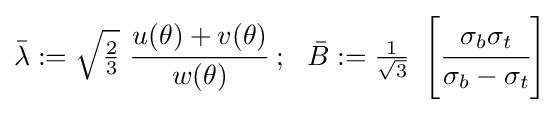
{\bar {\lambda }}:={\sqrt {\tfrac {2}{3}}}~{\cfrac {u(\theta )+v(\theta )}{w(\theta )}}~;~~{\bar {B}}:={\tfrac {1}{\sqrt {3}}}~\left[{\cfrac {\sigma _{b}\sigma _{t}}{\sigma _{b}-\sigma _{t}}}\right]